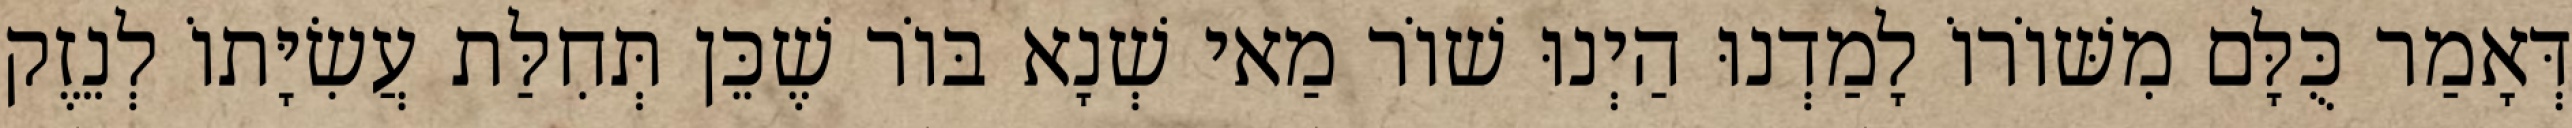
דְּאָמַר כֻּלָּם מִשּׁוֹרוֹ לָמַדְנוּ הַיְנוּ שׁוֹר מַאי שְׁנָא בּוֹר שֶׁכֵּן תְּחִלַּת עֲשִׂיָּתוֹ לְנֵזֶק